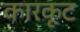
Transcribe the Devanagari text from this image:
कारकूट